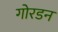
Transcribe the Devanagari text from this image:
गोरडन